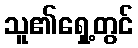
သူ၏ရှေ့တွင်